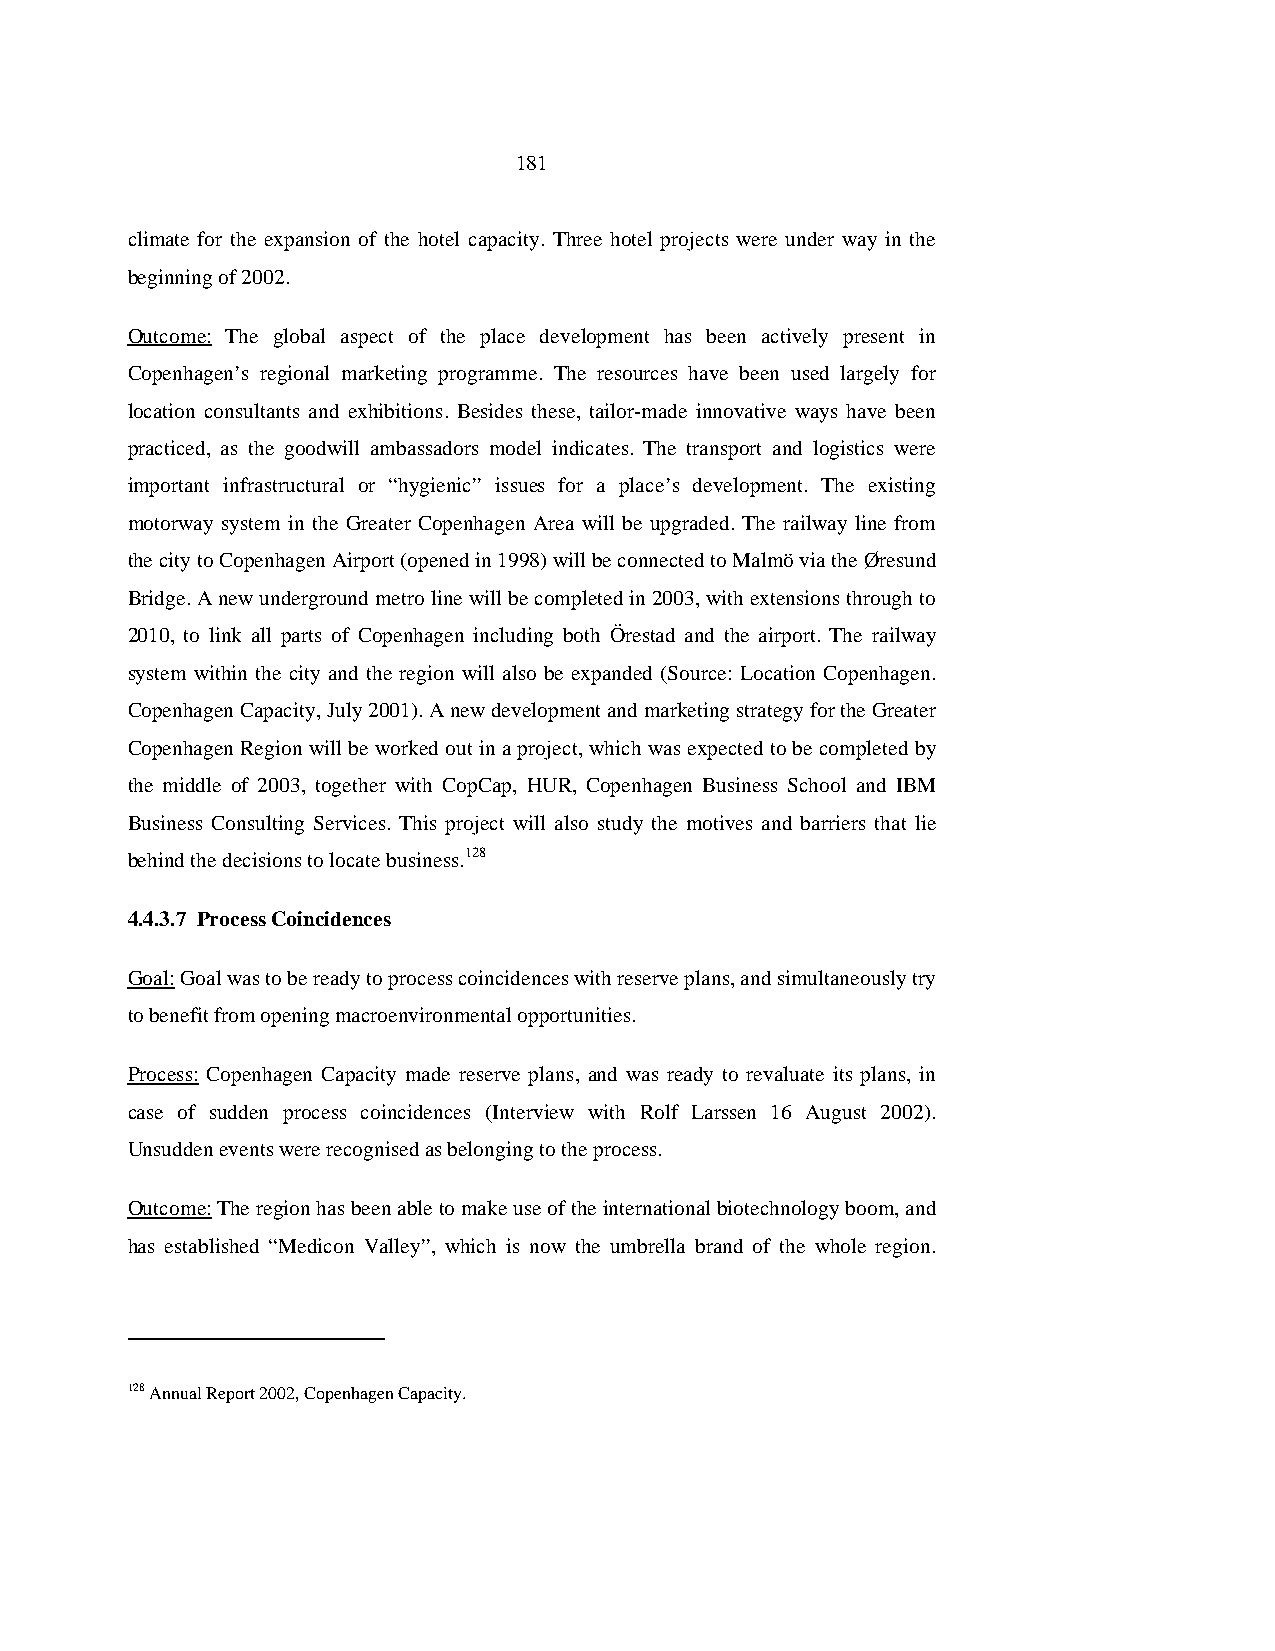
181
 climate for the expansion of the hotel capacity. Three hotel projects were under way in the
 beginning of 2002.
 Outcome: The global aspect of the place development has been actively present in
 Copenhagen’s regional marketing programme. The resources have been used largely for
 location consultants and exhibitions. Besides these, tailor-made innovative ways have been
 practiced, as the goodwill ambassadors model indicates. The transport and logistics were
 important infrastructural or “hygienic” issues for a place’s development. The existing
 motorway system in the Greater Copenhagen Area will be upgraded. The railway line from
 the city to Copenhagen Airport (opened in 1998) will be connected to Malmö via the Øresund
 Bridge. A new underground metro line will be completed in 2003, with extensions through to
 2010, to link all parts of Copenhagen including both Örestad and the airport. The railway
 system within the city and the region will also be expanded (Source: Location Copenhagen.
 Copenhagen Capacity, July 2001). A new development and marketing strategy for the Greater
 Copenhagen Region will be worked out in a project, which was expected to be completed by
 the middle of 2003, together with CopCap, HUR, Copenhagen Business School and IBM
 Business Consulting Services. This project will also study the motives and barriers that lie
 behind the decisions to locate business.128
 4.4.3.7 Process Coincidences
 Goal: Goal was to be ready to process coincidences with reserve plans, and simultaneously try
 to benefit from opening macroenvironmental opportunities.
 Process: Copenhagen Capacity made reserve plans, and was ready to revaluate its plans, in
 case of sudden process coincidences (Interview with Rolf Larssen 16 August 2002).
 Unsudden events were recognised as belonging to the process.
 Outcome: The region has been able to make use of the international biotechnology boom, and
 has established “Medicon Valley”, which is now the umbrella brand of the whole region.
 128 Annual Report 2002, Copenhagen Capacity.